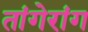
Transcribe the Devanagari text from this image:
तांगेरांग